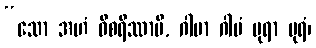
“သော အဟံ ဝိစရိဿာမိ, ဂါမာ ဂါမံ ပုရာ ပုရံ၊